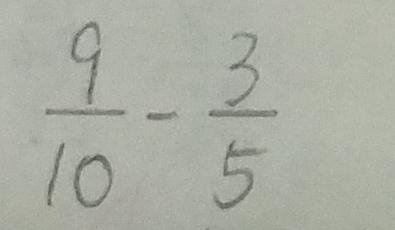
\frac { 9 } { 1 0 } - \frac { 3 } { 5 }